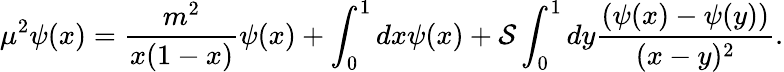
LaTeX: \mu^{2}\psi(x)=\frac{m^{2}}{x(1-x)}\psi(x)+\int_{0}^{1}dx\psi(x)+{\cal S}\int_{0}^{1}dy\frac{(\psi(x)-\psi(y))}{(x-y)^{2}}.